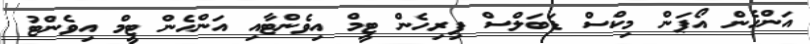
އަންހެން އޯޕަން މިކްސް ޑަބަލްސް ފިރިހެން ޓީމް އިވެންޓާއި އަންހެން ޓީމް އިވެންޓު